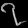
Digit: ၇